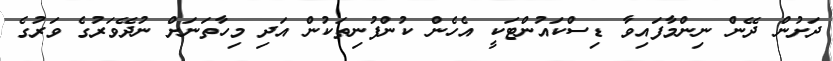
ދަށުން ދޭން ނިންމާފައިވާ ޑިސްކައުންޓަކީ އެހެން ކުންފުނިތަކުން އަދި މިހާތަނަށް ނުދޭވަރުގެ ވަރުގެ